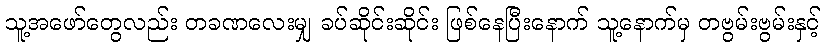
သူ့အဖော်တွေလည်း တခဏလေးမျှ ခပ်ဆိုင်းဆိုင်း ဖြစ်နေပြီးနောက် သူ့နောက်မှ တဗွမ်းဗွမ်းနှင့်